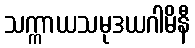
သက္ကာယသမုဒယဂါမိနီ